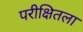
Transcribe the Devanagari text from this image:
परीक्षितला